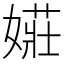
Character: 𫱡